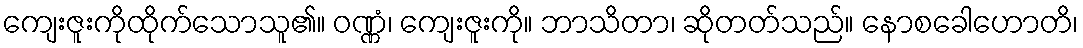
ကျေးဇူးကိုထိုက်သောသူ၏။ ဝဏ္ဏံ၊ ကျေးဇူးကို။ ဘာသိတာ၊ ဆိုတတ်သည်။ နောစခေါဟောတိ၊